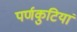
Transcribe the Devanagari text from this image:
पर्णकुटियां